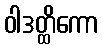
ဝါဒတ္ထိကော